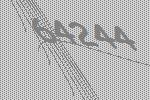
64244